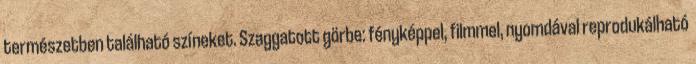
természetben található színeket. Szaggatott görbe: fényképpel, filmmel, nyomdával reprodukálható